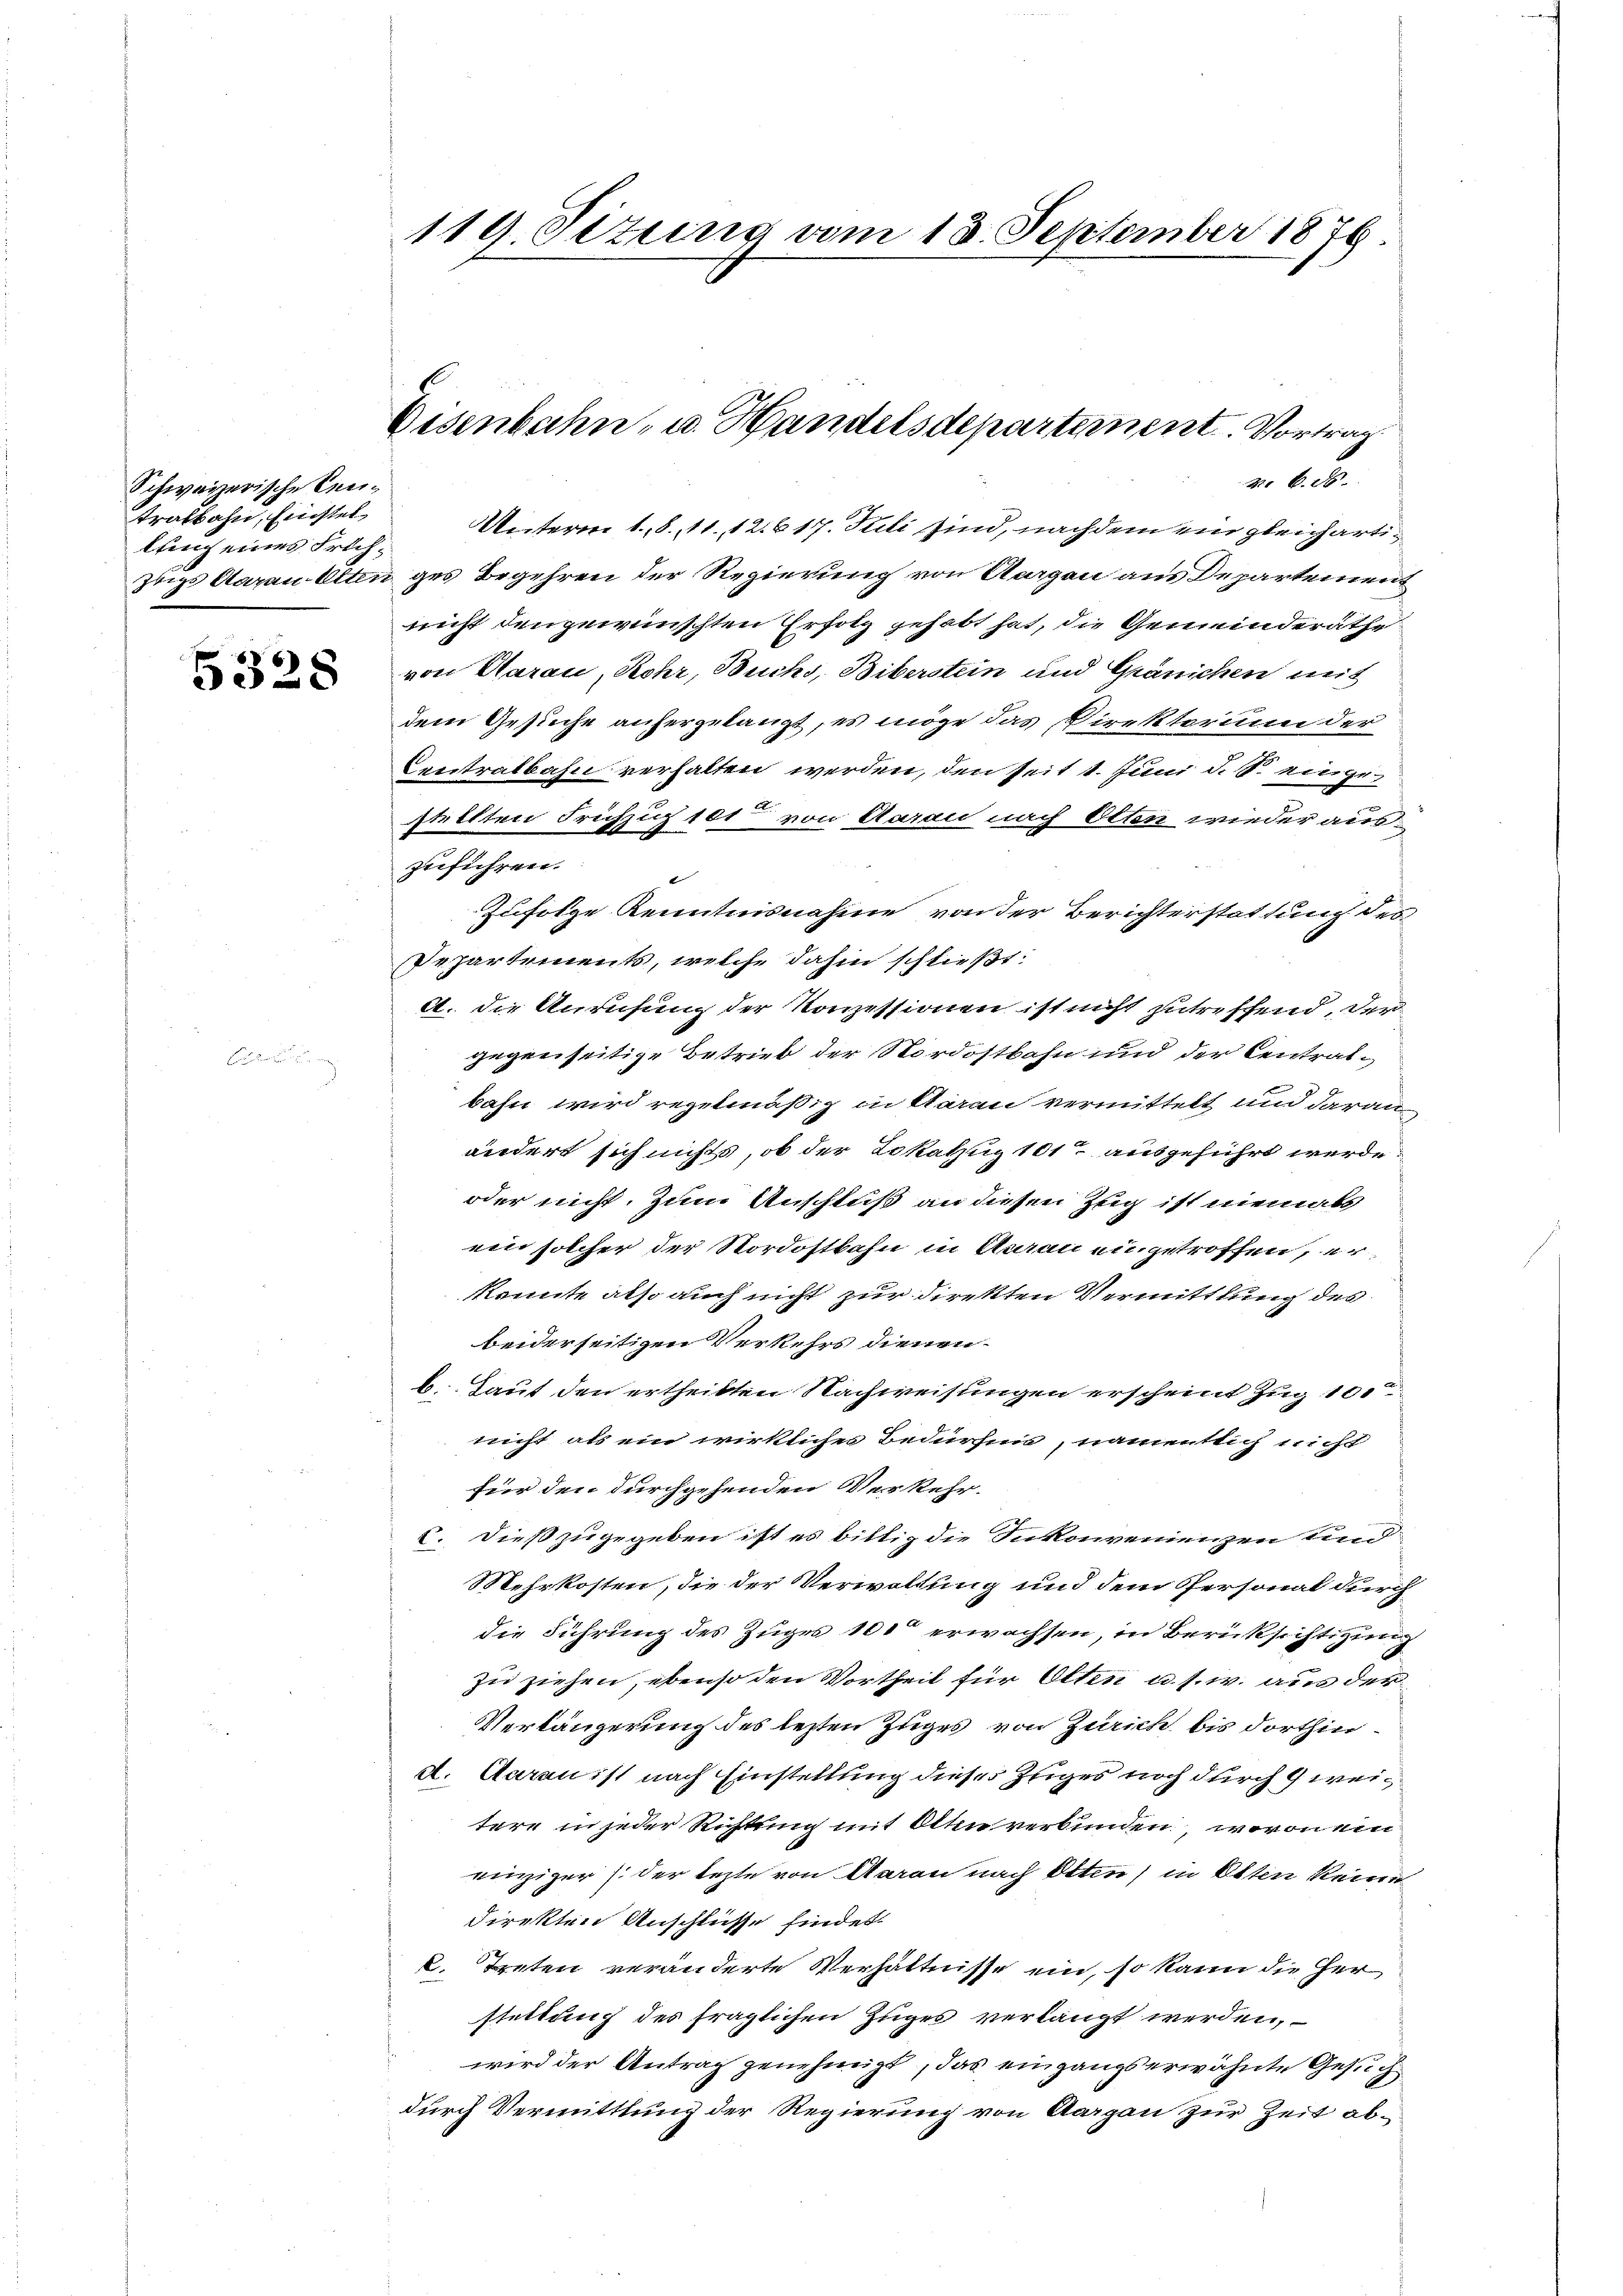
Schweizerische Eneitrafbahn, Einstel
kling eines Früh¬

5328

119. Situng vom 13. September 1876.

r. 60.
Unterm 1. 8. 11. 12. 617. Juli sind, nachdem ein gleicharti¬
Zugs Aarau Otten ges Begehren der Regierung von Aargau aus Departement
nicht den gewünschten Erfolg gehabt hat, die Gemeinderäthe
von Aarau, Rohr, Buchs, Biberstein und Gränichen mit
dem Gesuche anfergelangt, es möge das Direktorium der
Centralbahn verhalten werden, den seit 1. Juni d. S. eingestellten Früchzig 101 von Aarau nach Otten wieder aus
zuführen.
Zufolge Kenntnisnahme von der Berichterstattung des
Separtements, welche dahin schließt:
2. die Anrufung der Konzessionen ist nicht zutreffend, der
gegenseitige Betrieb der Nordostbahn und der Centralbahn wird regelmäßig in Aarau vermittelt und daran
ändert sich nichts, ob der Lokalzug 101 ausgeführt werde.
oder nicht, zum Anschluß an diesen Zug ist niemals
ein solcher der Nordostbahn in Aarau angetroffen, er
konnte also auch nicht zur Direkten Vermittlung des
beiderseitigen Verkehrs dienen.
b. Laut den ertheilten Nachweisungen erscheint Zug 100
nicht als ein wirklicher Bedürfnis, namentlich nicht
für den durchgehenden Verkehr.
C. Dieß zugegeben ist es bittig die Inkonvenienzen und
Mehrkosten, die der Verwaltung und dem Personal durch
die Führung des Zuges 100 erwachsen, in Berücksichtigung
zu ziehen, ebenso den Vortheil für Otten u. s. w. aus der
Verlängerung des lezten Zuges von Zürich bis dorthind. Aarau ist nach Einstellung dieses zuges noch durch 4 weitere in jeder Richtung mit Otten verbunden, wovon ein
einziger (der lezte von Aarau nach Otten) in Otten keine
direkten Anschlüsse findet.
k. Treten veränderte Verhältnisse ein, so kann die Her
stettung des fraglichen Zuges verlangt werden,
wird der Antrag genehmigt, das eingangs erwähnte Gesuch
durch Vermittlung der Regierung von Aargau zur Zeit ab¬

Eisenbahn- u. Handelsdepartement. Vortrag